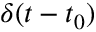
\delta ( t - t _ { 0 } )